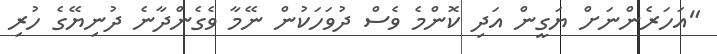
"އަހަރެންނަށް ޔަގީން އަދި ކޮންމެ ވެސް ދުވަހަކުން ނޭމާ ވެގެންދާނެ ދުނިޔޭގެ ހުރި